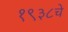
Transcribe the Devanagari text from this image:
१९३८चे